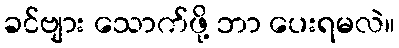
ခင်ဗျား သောက်ဖို့ ဘာ ပေးရမလဲ။